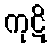
ကုဋိ